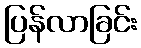
ပြန်လာခြင်း